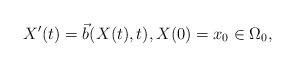
LaTeX: \begin{align*}X'(t) = \vec{b}(X(t),t), X(0)= x_0 \in \Omega_{0}, \end{align*}